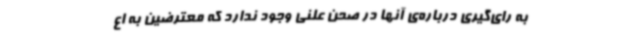
به رای‌گیری درباره‌ی آنها در صحن علنی وجود ندارد که معترضین به اع